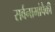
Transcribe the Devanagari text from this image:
सर्वनामांपैकी